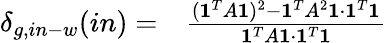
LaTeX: \begin{array}{rl}{\delta_{g,in-w}(in)=}&{{}\frac{(\mathbf{1}^{T}A\mathbf{1})^{2}-\mathbf{1}^{T}{A}^{2}\mathbf{1}\cdot\mathbf{1}^{T}\mathbf{1}}{\mathbf{1}^{T}A\mathbf{1}\cdot\mathbf{1}^{T}\mathbf{1}}}\end{array}